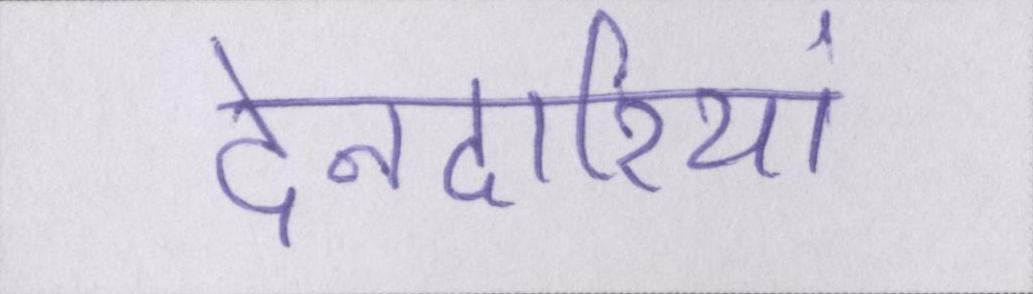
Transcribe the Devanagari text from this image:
देनदारियां